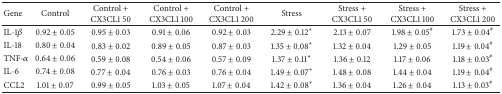
<table><thead><tr><td><b>Gene </b></td><td><b>Control </b></td><td><b>Control + CX3CL1 50</b></td><td><b>Control + CX3CL1 100</b></td><td><b>Control + CX3CL1 200</b></td><td><b>Stress </b></td><td><b>Stress + CX3CL1 50</b></td><td><b>Stress + CX3CL1 100</b></td><td><b>Stress + CX3CL1 200</b></td></tr></thead><tbody><tr><td>IL-1<i>β</i></td><td>0.92 ± 0.05</td><td>0.95 ± 0.03</td><td>0.91 ± 0.06</td><td>0.92 ± 0.03</td><td>2.29 ± 0.12<sup><i>∗</i></sup></td><td>2.13 ± 0.07</td><td>1.98 ± 0.05<sup>#</sup></td><td>1.73 ± 0.04<sup>#</sup></td></tr><tr><td>IL-18</td><td>0.80 ± 0.04</td><td>0.83 ± 0.02</td><td>0.89 ± 0.05</td><td>0.87 ± 0.03</td><td>1.35 ± 0.08<sup><i>∗</i></sup></td><td>1.32 ± 0.04</td><td>1.29 ± 0.05</td><td>1.19 ± 0.04<sup>#</sup></td></tr><tr><td>TNF-<i>α</i></td><td>0.64 ± 0.06</td><td>0.59 ± 0.08</td><td>0.54 ± 0.06</td><td>0.57 ± 0.09</td><td>1.37 ± 0.11<sup><i>∗</i></sup></td><td>1.36 ± 0.12</td><td>1.17 ± 0.06</td><td>1.18 ± 0.03<sup>#</sup></td></tr><tr><td>IL-6</td><td>0.74 ± 0.08</td><td>0.77 ± 0.04</td><td>0.76 ± 0.03</td><td>0.76 ± 0.04</td><td>1.49 ± 0.07<sup><i>∗</i></sup></td><td>1.48 ± 0.08</td><td>1.44 ± 0.04</td><td>1.19 ± 0.04<sup>#</sup></td></tr><tr><td>CCL2</td><td>1.01 ± 0.07</td><td>0.99 ± 0.05</td><td>1.03 ± 0.05</td><td>1.07 ± 0.04</td><td>1.42 ± 0.08<sup><i>∗</i></sup></td><td>1.36 ± 0.04</td><td>1.26 ± 0.04</td><td>1.13 ± 0.03<sup>#</sup></td></tr></tbody></table>